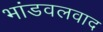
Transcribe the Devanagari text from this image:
भांडवलवाद